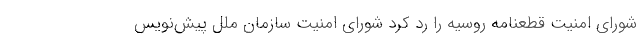
شورای امنیت قطعنامه روسیه را رد کرد شورای امنیت سازمان ملل پیش‌نویس